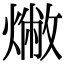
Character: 𤏰